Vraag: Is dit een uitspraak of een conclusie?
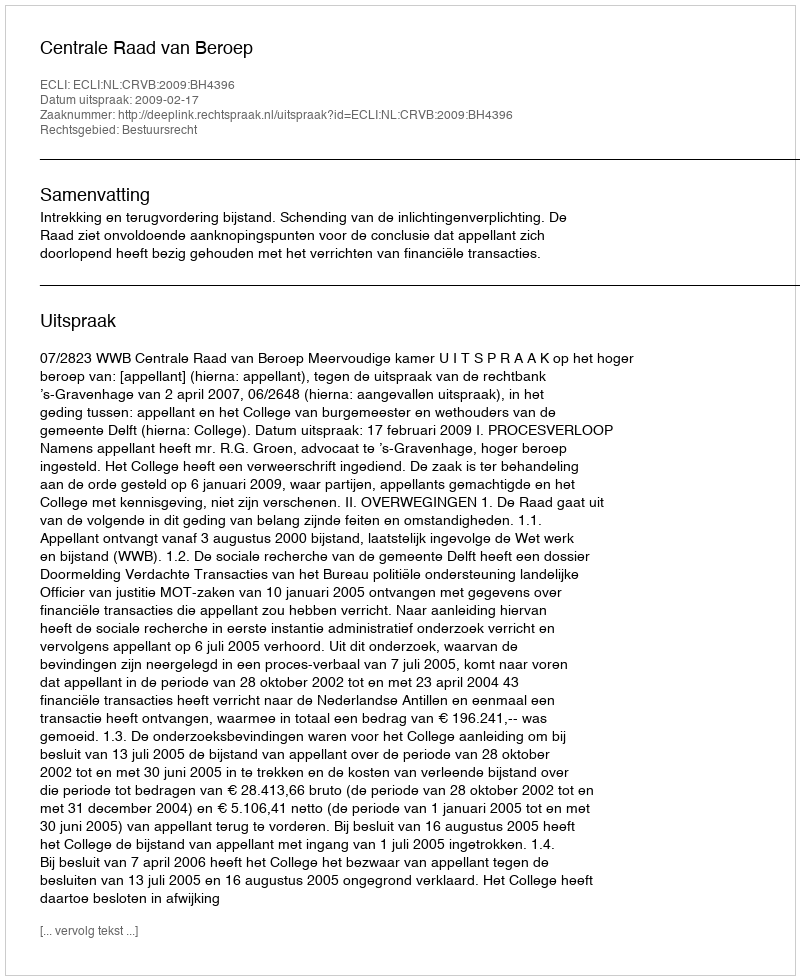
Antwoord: Uitspraak